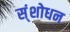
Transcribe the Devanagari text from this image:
स्ंशोधन